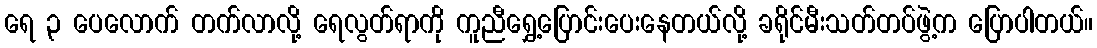
ရေ ၃ ပေလောက် တက်လာလို့ ရေလွတ်ရာကို ကူညီရွှေ့ပြောင်းပေးနေတယ်လို့ ခရိုင်မီးသတ်တပ်ဖွဲ့က ပြောပါတယ်။